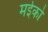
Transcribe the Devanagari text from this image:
मईको